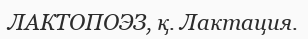
ЛАКТОПОЭЗ, қ. Лактация.